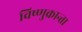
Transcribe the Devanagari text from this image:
विष्णुक्रान्ता